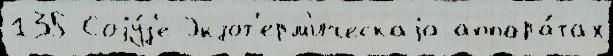
135 Соjу́з'е Экзот'ерм'ическаjа аппара́тах